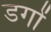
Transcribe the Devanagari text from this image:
डगों